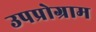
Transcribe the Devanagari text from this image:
उपप्रोग्राम